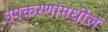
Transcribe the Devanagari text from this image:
उपकरणांमधील